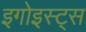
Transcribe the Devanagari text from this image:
इगोइस्ट्स